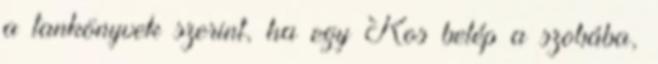
a tankönyvek szerint, ha egy Kos belép a szobába,